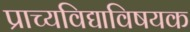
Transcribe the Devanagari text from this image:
प्राच्यविद्याविषयक